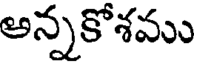
అన్నకోశము